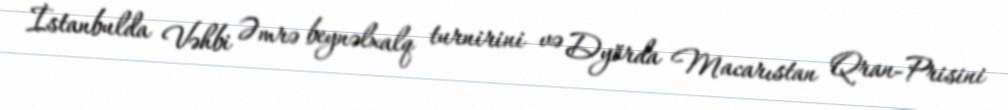
İstanbulda Vəhbi Əmrə beynəlxalq turnirini və Dyörda Macarıstan Qran-Prisini